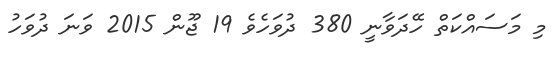
މި މަސައްކަތް ހޭދަވާނީ 380 ދުވަހެވެ 19 ޖޫން 2015 ވަނަ ދުވަހު